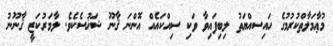
މުޢާމަލާތްކުރުމުގެ ހައިސއްޔަތު ލިބިފައިވާ ވަކި ސިއްކައެއް އޮންނަ ޤާނޫ ޝަޚުސެކެވެ. ލާމަރުކަޒީ ޤާނޫނު